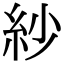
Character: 紗